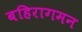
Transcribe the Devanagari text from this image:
बहिरागमन